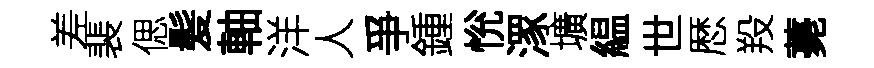
差裴偲髪軸洋人爭鍾恱潈壙緼世厯羖薧